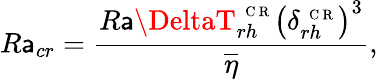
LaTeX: R\mathsf{a}_{cr}=\frac{{R\mathsf{a}\DeltaT_{rh}^{\mathrm{{~\scriptsize~C~R~}}}\left(\delta_{rh}^{\mathrm{{~\scriptsize~C~R~}}}\right)^{3}}}{{\overline{{{\eta}}}}},